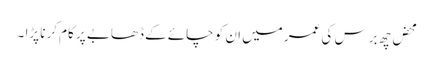
محض چھ برس کی عمر میں ان کو چائے کے ڈھابے پر کام کرنا پڑا ۔